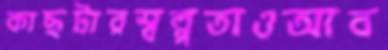
কাছটারস্বল্পতাওআব